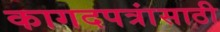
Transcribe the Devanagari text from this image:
कागदपत्रांसाठी